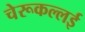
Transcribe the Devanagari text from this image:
चेरूकल्लई